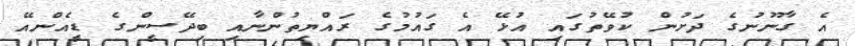
އެ ގާނޫނުގެ ދަށުން ކުވޭތުގައި އުޅޭ އެ ގައުމުގެ ރައްޔިތުންނާއި ބިދޭސީންގެ ޑީއެންއޭ